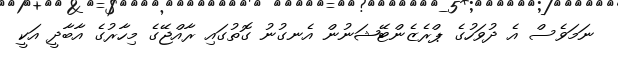
ނަމަވެސް އެ ދުވަހުގެ ޕްރެޒެންޓޭޝަނުން އެނގުނު ގޮތުގައި ރާއްޖޭގެ މިހާރުގެ އާބާދީ އަކީ